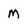
Character: m